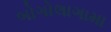
બોગોલાગામા